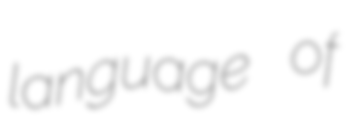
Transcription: language of